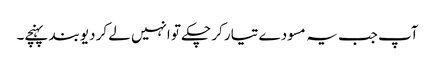
آپ جب یہ مسودے تیار کر چکے تو انہیں لے کر دیوبند پہنچے۔